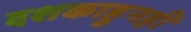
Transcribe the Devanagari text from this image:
दशकाहुनही